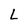
Character: L